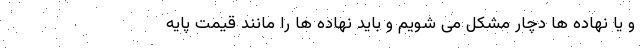
و یا نهاده ها دچار مشکل می شویم و باید نهاده ها را مانند قیمت پایه